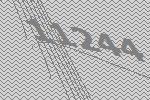
11244